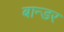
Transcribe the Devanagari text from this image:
बान्डर